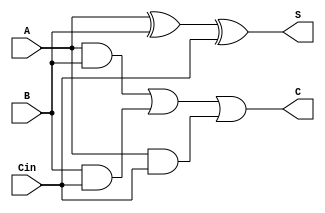
module CarrySaveAdder (
    input [3:0] A,      // 4-bit input A
    input [3:0] B,      // 4-bit input B
    input [3:0] Cin,    // 4-bit carry input
    output [3:0] S,     // 4-bit sum output
    output [3:0] C      // 4-bit carry output
);
    assign S = A ^ B ^ Cin; // Sum is the XOR of A, B, and Cin
    assign C = (A & B) | (B & Cin) | (A & Cin); // Carry is the OR of the ANDs
endmodule